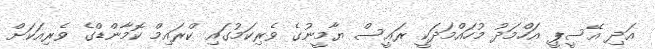
އަދި އޭސީޕީ އަހްމަދު މުހައްމަދަކީ ރައީސް ޔާމީނުގެ ވެރިކަމުގައި ކްރައިމް ކޮމާންޑްގެ ވެރިއަކަށް